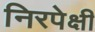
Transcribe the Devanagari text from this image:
निरपेक्षी